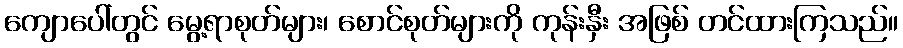
ကျောပေါ်တွင် မွေ့ရာစုတ်များ၊ စောင်စုတ်များကို ကုန်းနှီး အဖြစ် တင်ထားကြသည်။